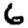
Digit: 6